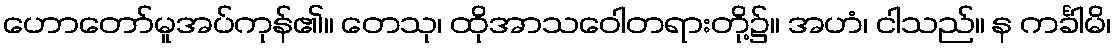
ဟောတော်မူအပ်ကုန်၏။ တေသု၊ ထိုအာသဝေါတရားတို့၌။ အဟံ၊ ငါသည်။ န ကင်္ခါမိ၊